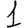
Digit: 1